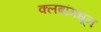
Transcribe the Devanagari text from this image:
क्लबांमधून